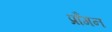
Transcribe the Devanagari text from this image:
प्राँगन